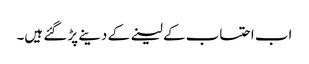
اب احتساب کے لینے کے دینے پڑ گئے ہیں۔